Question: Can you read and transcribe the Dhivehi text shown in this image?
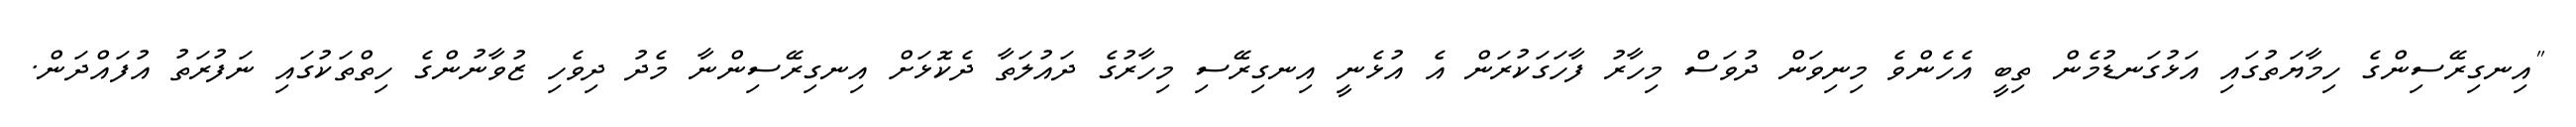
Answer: "އިނގިރޭސިންގެ ހިމާޔަތުގައި އަޅުގަނޑުމެން ތިބީ އެހެންވެ މިނިވަން ދުވަސް މިހާރު ފާހަގަކުރަން އެ އުޅެނީ އިނގިރޭސި މިހާރުގެ ދައުލަތާ ދެކޮޅަށް އިނގިރޭސިންނާ މެދު ދިވެހި ޒުވާނުންގެ ހިތްތަކުގައި ނަފުރަތު އުފައްދަން.